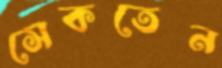
সেকতেন